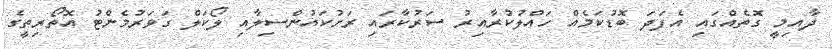
ދާއިމީ ގޮތެއްގައި އެފަދަ ބޮޑުކަމެއް ހައްލުކުރާއިރު ސަރުކާރައި ރަށުކައުންސިލާއި ލޯކަލް ގަވަރުމެންޓު އޮތޯރިތީގެ